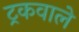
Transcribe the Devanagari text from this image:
ट्रकवाले